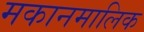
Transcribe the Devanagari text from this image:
मकानमालिक